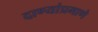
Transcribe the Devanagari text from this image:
दाण्यांप्रमाणे